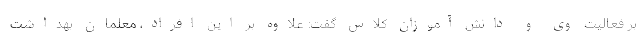
بر فعالیت وی و دانش آموزان کلاس گفت: علاوه بر این افراد، معلمان بهداشت